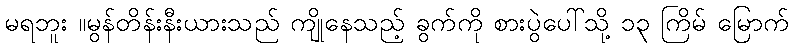
မရဘူး ။မွန်တိန်းနီးယားသည် ကျိုနေသည့် ခွက်ကို စားပွဲပေါ်သို့ ၁၃ ကြိမ် မြောက်